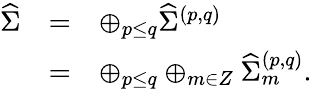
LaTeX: \begin{array}{lcl}{{{\widehat\Sigma}}}&{{=}}&{{\oplus_{p\leq q}{\widehat\Sigma}^{(p,q)}}}\\ {{}}&{{=}}&{{\oplus_{p\leq q}\oplus_{m\in Z}{\widehat\Sigma}_{m}^{(p,q)}.}}\end{array}